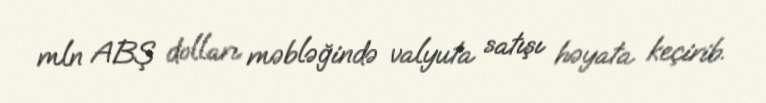
mln ABŞ dolları məbləğində valyuta satışı həyata keçirib.